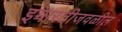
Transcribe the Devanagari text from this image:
इमारतीजवळील